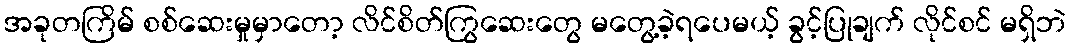
အခုတကြိမ် စစ်ဆေးမှုမှာတော့ လိင်စိတ်ကြွဆေးတွေ မတွေ့ခဲ့ရပေမယ့် ခွင့်ပြုချက် လိုင်စင် မရှိဘဲ